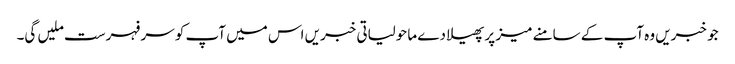
جو خبریں وہ آپ کے سامنے میز پر پھیلا دے ماحولیاتی خبریں اس میں آپ کو سر فہرست ملیں گی۔